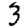
Digit: 3